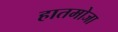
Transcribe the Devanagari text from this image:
हातमोजा